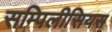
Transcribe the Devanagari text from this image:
सम्पिलीसियस